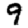
Digit: 9